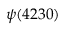
\psi ( 4 2 3 0 )